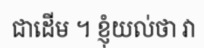
ជាដើម ។ ខ្ញុំយល់ថា វា